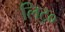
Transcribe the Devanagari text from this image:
लिट्०